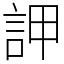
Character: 䛅